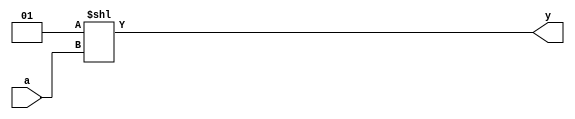

`timescale 1ns/1ns

module decoder4(a, y);
input [3:0] a;
output [15:0] y;
assign y = 1 << a;

endmodule